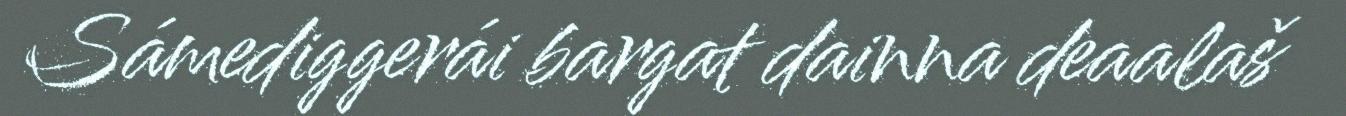
Sámediggerái bargat dainna deaalaš